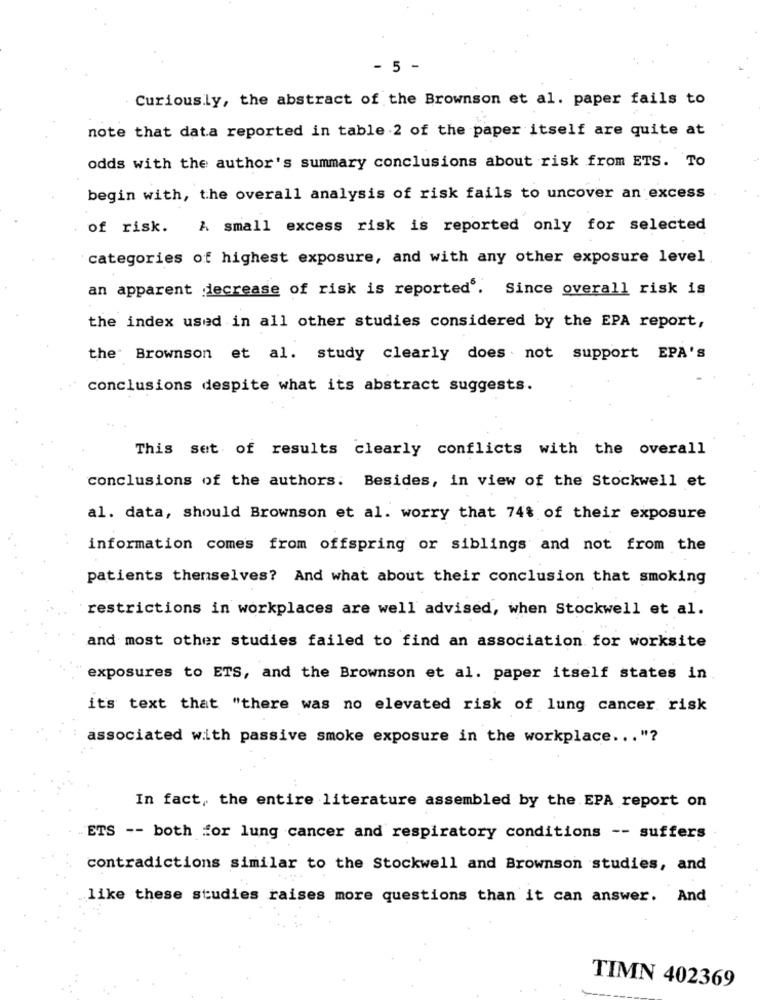
- 5 -
Curiously, the abstract of the Brownson et al. paper fails to
note that data reported in table 2 of the paper itself are quite at
odds with the author's summary conclusions about risk from ETS. To
begin with, the overall analysis of risk fails to uncover an excess
of risk.
A small excess risk is reported only for selected
categories of highest exposure, and with any other exposure level
an apparent decrease of risk is reported'. Since overall risk is
the index used in all other studies considered by the EPA report,
the Brownson et al. study clearly does not support EPA's
conclusions despite what its abstract suggests.
This set of results clearly conflicts with the overall
conclusions of the authors: Besides, in view of the Stockwell et
al. data, should Brownson et al. worry that 74% of their exposure
information comes from offspring or siblings and not from the
patients themselves? And what about their conclusion that smoking
restrictions in workplaces are well advised, when Stockwell et al.
and most other studies failed to find an association for worksite
exposures to ETS, and the Brownson et al. paper itself states in
its text that "there was no elevated risk of lung cancer risk
associated with passive smoke exposure in the workplace ... "?
In fact, the entire literature assembled by the EPA report on
ETS -- both for lung cancer and respiratory conditions -- suffers
contradictions similar to the Stockwell and Brownson studies, and
like these studies raises more questions than it can answer. And
TIMN 402369